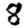
Digit: 8